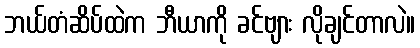
ဘယ်တံဆိပ်ထဲက ဘီယာကို ခင်ဗျား လိုချင်တာလဲ။